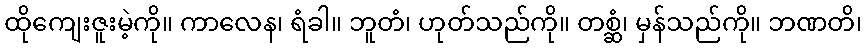
ထိုကျေးဇူးမဲ့ကို။ ကာလေန၊ ရံခါ။ ဘူတံ၊ ဟုတ်သည်ကို။ တစ္ဆံ၊ မှန်သည်ကို။ ဘဏတိ၊